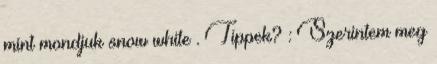
mint mondjuk snow white . Tippek? : Szerintem meg